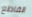
القاطع